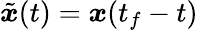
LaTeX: \tilde{{\boldsymbol{x}}}(t)={\boldsymbol{x}}(t_{f}-t)